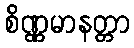
စိဏ္ဏမာနတ္တာ